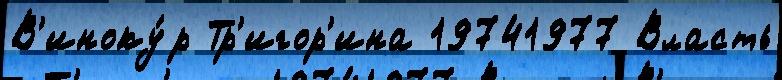
В'иноку́р Тр'игор'ина 19741977 Власть